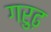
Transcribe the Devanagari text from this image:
गरुढ़